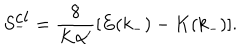
LaTeX: S _ { - } ^ { \mathrm { c l } } = \frac { 8 } { K \alpha ^ { \prime } } [ E ( k _ { - } ) - K ( k _ { - } ) ] .